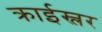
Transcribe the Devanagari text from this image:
क्राईस्लर